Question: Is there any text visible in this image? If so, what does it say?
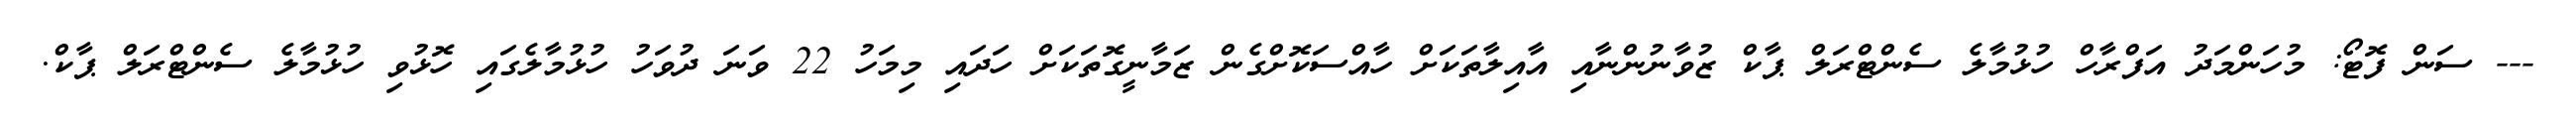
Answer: --- ސަން ފޮޓޯ: މުހަންމަދު އަފްރާހް ހުޅުމާލެ ސެންޓްރަލް ޕާކް ޒުވާނުންނާއި އާއިލާތަކަށް ހާއްސަކޮށްގެން ޒަމާނީގޮތަކަށް ހަދައި މިމަހު 22 ވަނަ ދުވަހު ހުޅުމާލެގައި ހޮޅުވި ހުޅުމާލެ ސެންޓްރަލް ޕާކް.